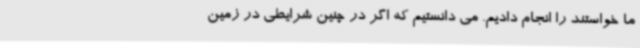
ما خواستند را انجام دادیم. می دانستیم که اگر در چنین شرایطی در زمین